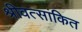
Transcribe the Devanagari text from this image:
श्रीवत्सांकित